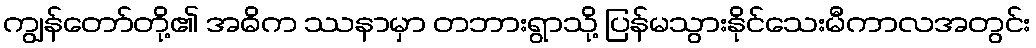
ကျွန်တော်တို့၏ အဓိက ဿနာမှာ တဘားရွာသို့ ပြန်မသွားနိုင်သေးမီကာလအတွင်း